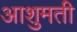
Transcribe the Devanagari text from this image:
आशुमती